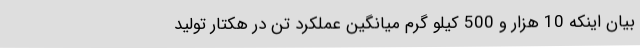
بیان اینکه 10 هزار و 500 کیلو گرم میانگین عملکرد تن در هکتار تولید